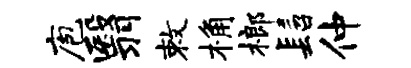
庖翳敕桷榔髫仲